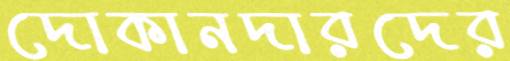
দোকানদারদের